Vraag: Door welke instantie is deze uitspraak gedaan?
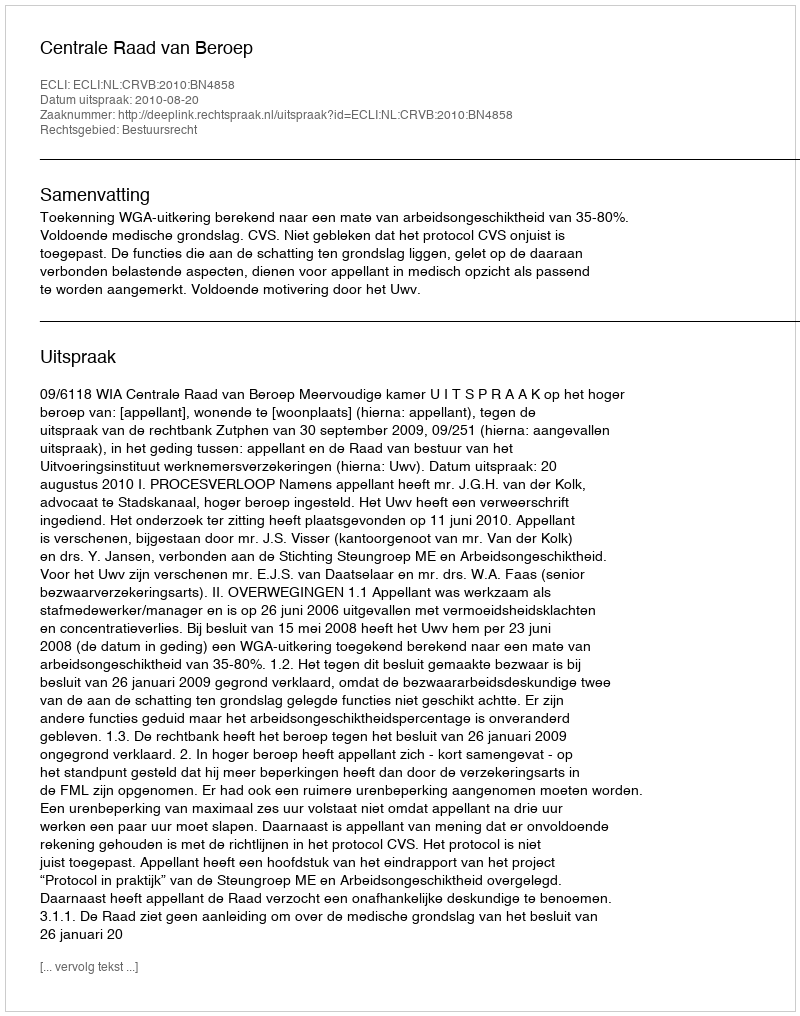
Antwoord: Centrale Raad van Beroep